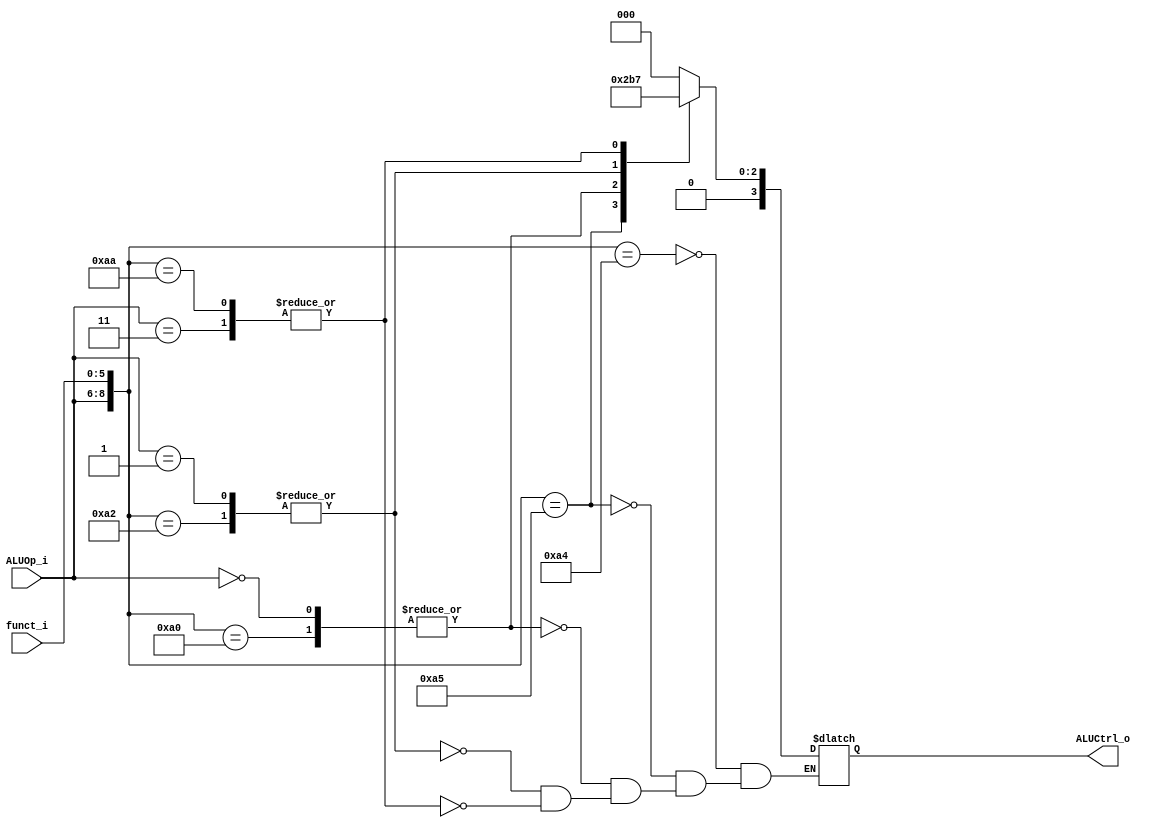
//Subject:     CO project 2 - ALU Controller
//--------------------------------------------------------------------------------
//Version:     1
//--------------------------------------------------------------------------------
//Writer:      
//----------------------------------------------
//Date:        
//----------------------------------------------
//Description: 
//--------------------------------------------------------------------------------
`timescale 1ns/1ps
module ALU_Ctrl(
    funct_i,
    ALUOp_i,
    ALUCtrl_o
);
          
//I/O ports 
input      [6-1:0] funct_i;
input      [3-1:0] ALUOp_i;

output     [4-1:0] ALUCtrl_o;    
     
//Internal Signals
reg        [4-1:0] ALUCtrl_o;

//Parameter

//Select exact operation
always @(funct_i, ALUOp_i) begin
    casex({ALUOp_i, funct_i})
        9'b010_100100: ALUCtrl_o <= 4'b0000;
        9'b010_100101: ALUCtrl_o <= 4'b0001;
        9'b000_xxxxxx, 9'b010_100000: ALUCtrl_o <= 4'b0010;
        9'b001_xxxxxx, 9'b010_100010: ALUCtrl_o <= 4'b0110;
        9'b010_101010, 9'b011_xxxxxx: ALUCtrl_o <= 4'b0111;
    endcase
end

endmodule